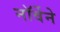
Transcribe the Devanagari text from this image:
नॉर्वेने